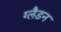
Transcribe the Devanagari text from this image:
ग्लैडन